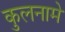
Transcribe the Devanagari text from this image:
कुलनामे